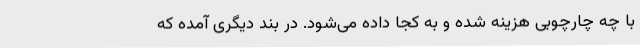
با چه چارچوبی هزینه شده و به کجا داده می‌شود. در بند دیگری آمده که